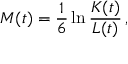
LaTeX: M ( t ) = \frac { 1 } { 6 } \ln \frac { K ( t ) } { L ( t ) } \, ,